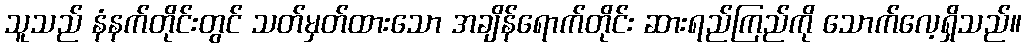
သူသည် နံနက်တိုင်းတွင် သတ်မှတ်ထားသော အချိန်ရောက်တိုင်း ဆားရည်ကြည်ကို သောက်လေ့ရှိသည်။